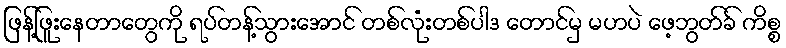
ဖြန့်ဖြူးနေတာတွေကို ရပ်တန့်သွားအောင် တစ်လုံးတစ်ပါဒ တောင်မှ မဟပဲ ဖေ့ဘွတ်ခ် ကိစ္စ